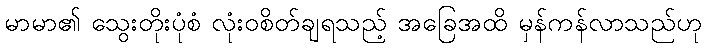
မာမာ၏ သွေးတိုးပုံစံ လုံးဝစိတ်ချရသည့် အခြေအထိ မှန်ကန်လာသည်ဟု